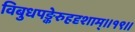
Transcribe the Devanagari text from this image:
विबुधपङ्केरुहदृशाम्॥१९॥